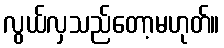
လွယ်လှသည်တော့မဟုတ်။